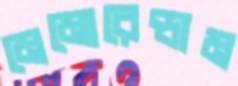
মেমোরেন্ডাম